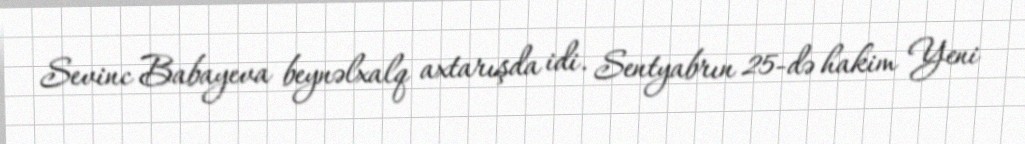
Sevinc Babayeva beynəlxalq axtarışda idi. Sentyabrın 25-də hakim Yeni